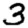
Digit: 3